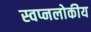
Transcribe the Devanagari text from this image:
स्वप्नलोकीय